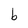
Character: b